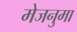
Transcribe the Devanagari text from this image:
मेजनुमा